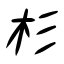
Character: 杉